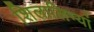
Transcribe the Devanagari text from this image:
शिलालिभ्यां